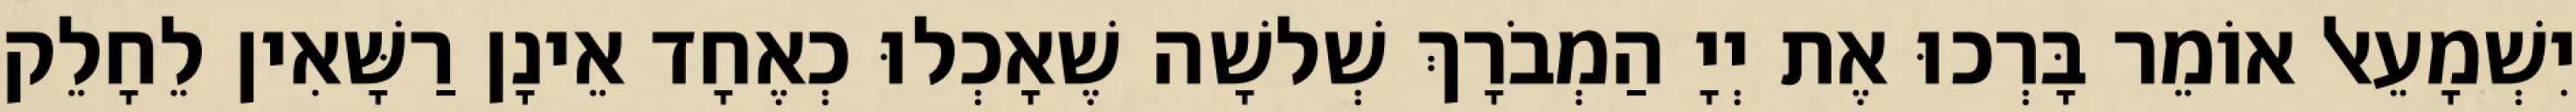
יִשְׁמָעֵאל אוֹמֵר בָּרְכוּ אֶת יְיָ הַמְבֹרָךְ שְׁלשָׁה שֶׁאָכְלוּ כְאֶחָד אֵינָן רַשָּׁאִין לֵחָלֵק